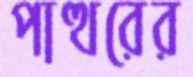
পাত্থরের